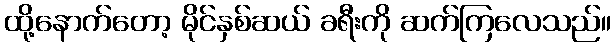
ထို့နောက်တော့ မိုင်နှစ်ဆယ် ခရီးကို ဆက်ကြလေသည်။